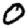
Digit: 0